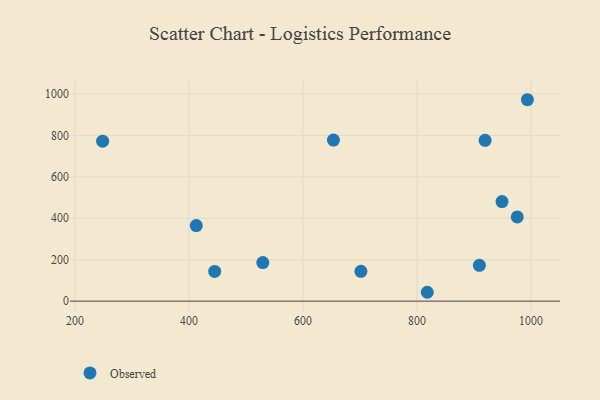
{"axis": {"x": "Price", "y": "Fuel Efficiency"}, "legend": ["Observed"], "data": [{"x": "529.5", "y": 186.1, "type": "Observed"}, {"x": "919.4", "y": 775.9, "type": "Observed"}, {"x": "445.1", "y": 143.6, "type": "Observed"}, {"x": "701.6", "y": 143.8, "type": "Observed"}, {"x": "818.0", "y": 42.8, "type": "Observed"}, {"x": "949.1", "y": 480.3, "type": "Observed"}, {"x": "993.6", "y": 972.0, "type": "Observed"}, {"x": "248.5", "y": 772.0, "type": "Observed"}, {"x": "909.4", "y": 172.9, "type": "Observed"}, {"x": "412.8", "y": 364.5, "type": "Observed"}, {"x": "653.4", "y": 777.4, "type": "Observed"}, {"x": "975.8", "y": 406.3, "type": "Observed"}]}